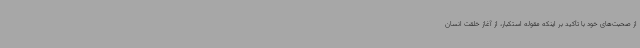
از صحبت‌های خود با تأکید بر اینکه مقوله استکبار، از آغاز خلقت انسان